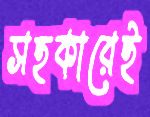
সহকারেই